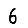
Digit: 6